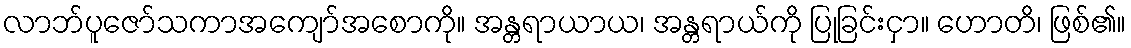
လာဘ်ပူဇော်သကာအကျော်အစောကို။ အန္တရာယာယ၊ အန္တရာယ်ကို ပြုခြင်းငှာ။ ဟောတိ၊ ဖြစ်၏။